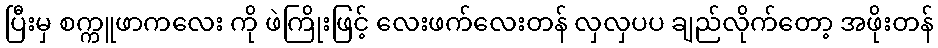
ပြီးမှ စက္ကူဖာကလေး ကို ဖဲကြိုးဖြင့် လေးဖက်လေးတန် လှလှပပ ချည်လိုက်တော့ အဖိုးတန်